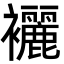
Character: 襹